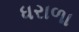
ધરાળા